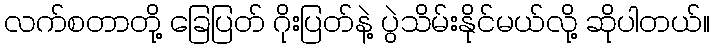
လက်စတာတို့ ခြေပြတ် ဂိုးပြတ်နဲ့ ပွဲသိမ်းနိုင်မယ်လို့ ဆိုပါတယ်။